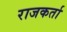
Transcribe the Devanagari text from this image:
राजकर्ता